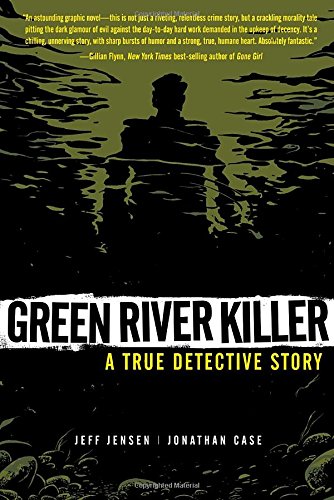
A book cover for Green River Killer; Jeff Jensen; Biographies & Memoirs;